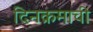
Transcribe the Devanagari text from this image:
दिनक्रमाची